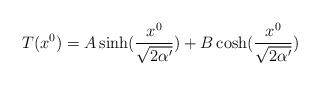
LaTeX: \begin{align*} T(x^0)=A\sinh(\frac{x^0}{\sqrt{2\alpha'}})+B\cosh(\frac{x^0}{\sqrt{2\alpha'}})\end{align*}